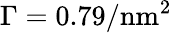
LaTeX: \Gamma=0.79/\mathrm{nm}^{2}